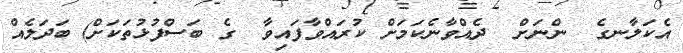
އެކަލާނގެ  ންނަށް  ދެއްވާނެކަމަށް ކުރައްވާފައިވާ  ގެ ބަސްފުޅުތަކަށް) ބަދަލެއް